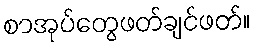
စာအုပ်တွေဖတ်ချင်ဖတ်။